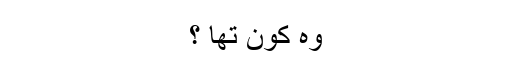
وہ کون تھا ؟